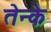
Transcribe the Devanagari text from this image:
तेन्के